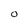
Character: O